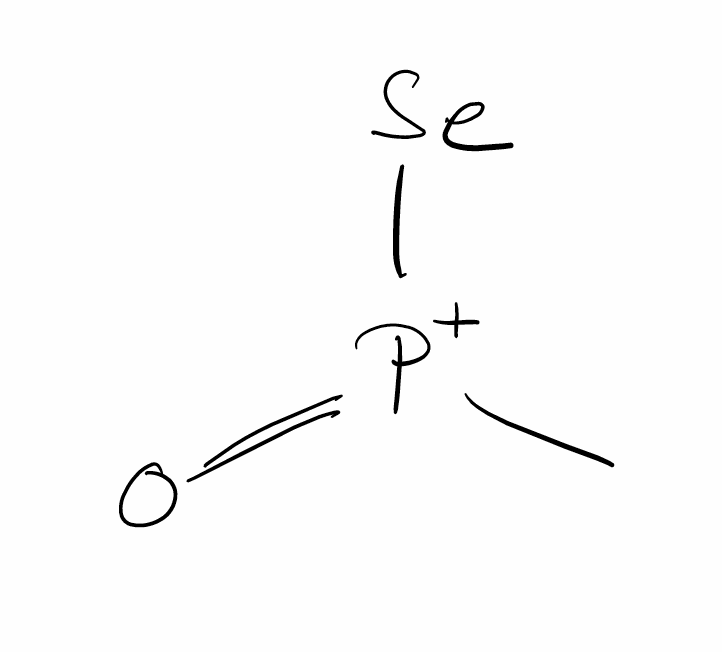
Simplified molecular-input line-entry system (SMILES) notation of the given molecule:
C[P+](=O)[Se]